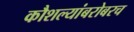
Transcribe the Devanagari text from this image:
कौशल्यांबरोबरच